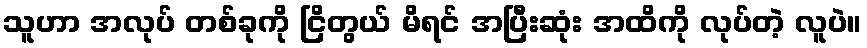
သူဟာ အလုပ် တစ်ခုကို ငြိတွယ် မိရင် အပြီးဆုံး အထိကို လုပ်တဲ့ လူပဲ။